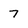
Character: 7